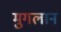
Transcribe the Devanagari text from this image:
मुगलान